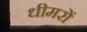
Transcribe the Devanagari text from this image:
धीमरों